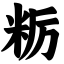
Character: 粝